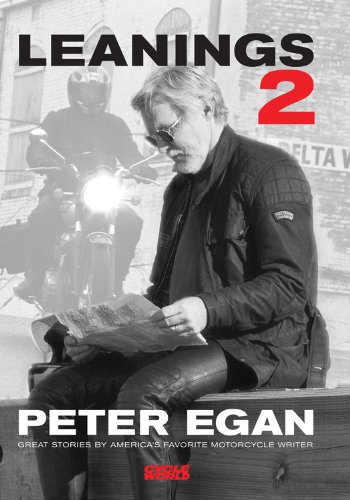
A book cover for Leanings 2: Great Stories by America's Favorite Motorcycle Writer; Peter Egan; Travel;